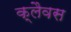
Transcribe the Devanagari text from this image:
क्लैवस